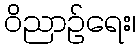
ဝိညာဉ်ရေး၊